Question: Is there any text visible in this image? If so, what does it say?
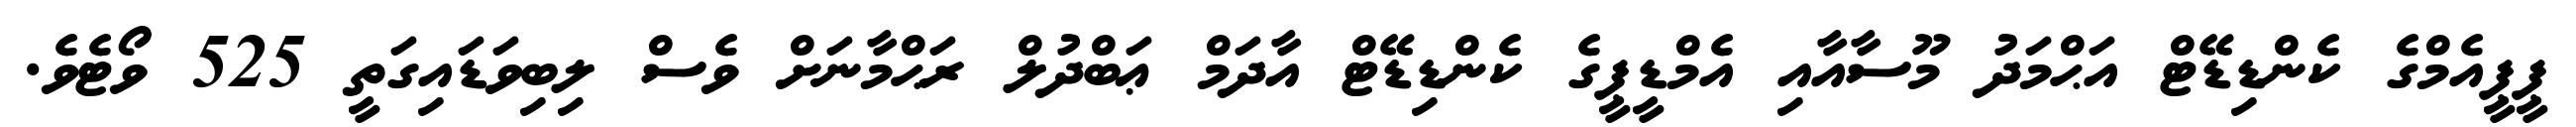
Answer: ޕީޕީއެމްގެ ކެންޑިޑޭޓް އަޙްމަދު މޫސާއާއި އެމްޑީޕީގެ ކެންޑިޑޭޓް އާދަމް ޢަބްދުލް ރަޙްމާނަށް ވެސް ލިބިވަޑައިގަތީ 525 ވޯޓެވެ.